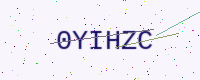
Text: 0YIHZC